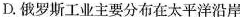
D.俄罗斯工业主要分布在太平洋沿岸